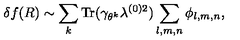
\delta f ( R ) \sim \sum _ { k } \mathrm { T r } ( \gamma _ { \theta ^ { k } } \lambda ^ { ( 0 ) 2 } ) \sum _ { l , m , n } \phi _ { l , m , n } ,